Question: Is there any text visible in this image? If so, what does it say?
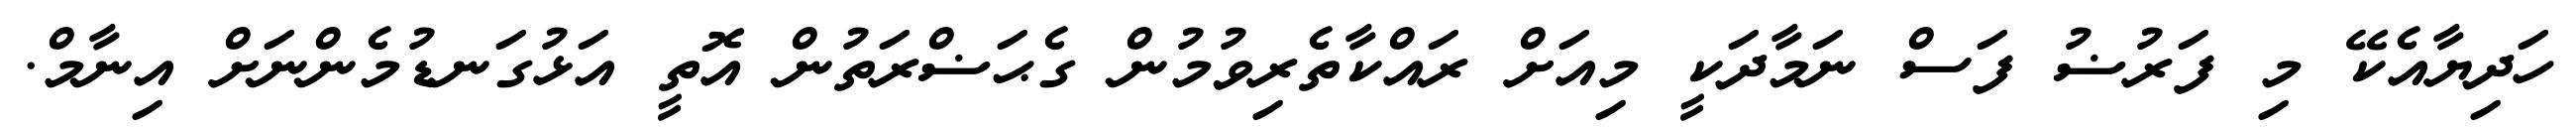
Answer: ހަދިޔާއެކޭ މި ފަރުޟު ފަސް ނަމާދަކީ މިއަށް ރައްކާތެރިވުމުން ގެޙަޟްރަތުން އޮތީ އަޅުގަނޑުމެންނަށް އިނާމް.